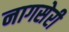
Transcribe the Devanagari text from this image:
नागसेरी